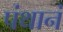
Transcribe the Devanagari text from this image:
पंथानं